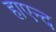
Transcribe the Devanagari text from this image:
हाएन्द